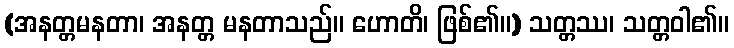
(အနတ္တမနတာ၊ အနတ္တ မနတာသည်။ ဟောတိ၊ ဖြစ်၏။) သတ္တဿ၊ သတ္တဝါ၏။